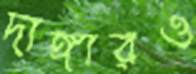
দাঙ্গারও